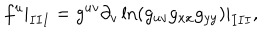
LaTeX: f ^ { u } | _ { I I I } = g ^ { u v } \partial _ { v } \ln ( g _ { u v } g _ { x x } g _ { y y } ) | _ { I I I } , { } ~ ~ ~